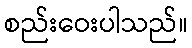
စည်းဝေးပါသည်။